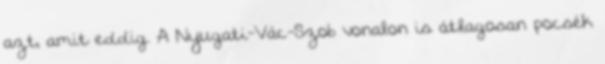
azt, amit eddig. A Nyugati-Vác-Szob vonalon is átlagosan pocsék